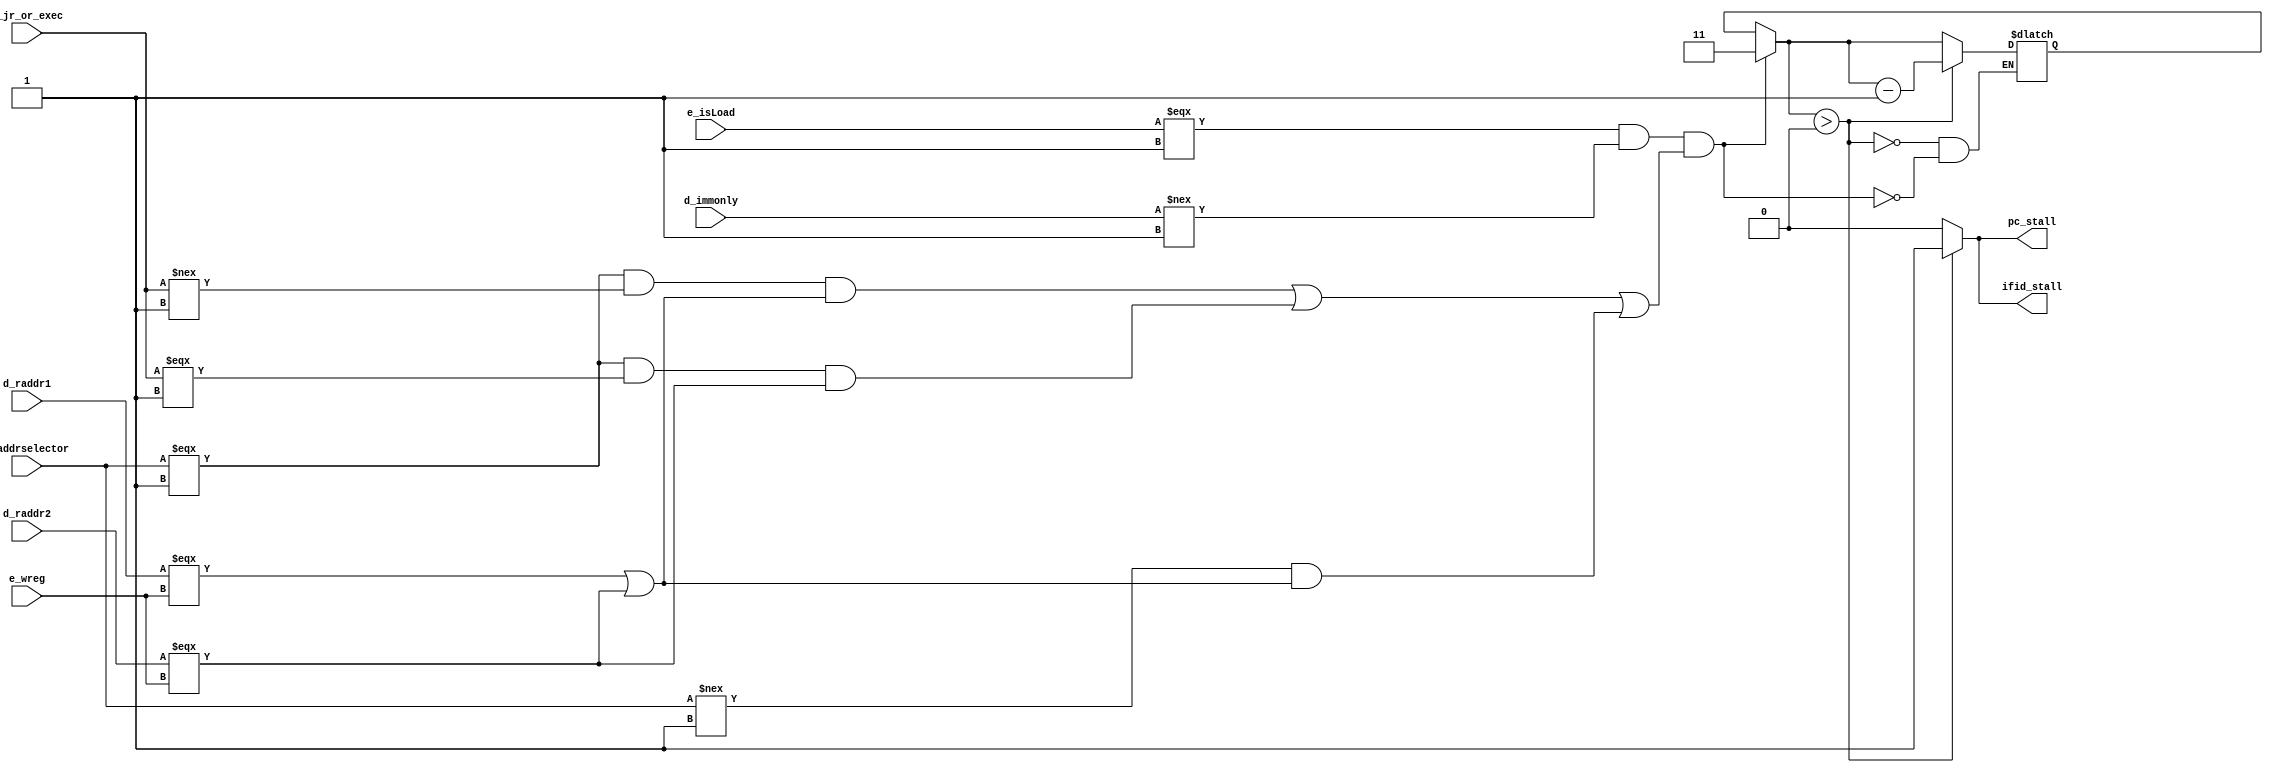
module hdu_2(
  d_raddr1, d_raddr2, d_addrselector, d_jr_or_exec, d_immonly, e_isLoad, e_wreg, 
  pc_stall, ifid_stall
);
input [3:0] d_raddr1;
input [3:0] d_raddr2;
input d_addrselector;
input d_jr_or_exec;
input d_immonly;
input e_isLoad;
input e_wreg;
output pc_stall;
output ifid_stall; 
reg pc_stall_temp;
reg ifid_stall_temp;
reg [1:0] stallCount;
always @ (*)
begin
  stallCount = (e_isLoad===1'b1 && d_immonly!==1'b1 && (
(d_addrselector===1'b1 && d_jr_or_exec!==1'b1 && (d_raddr1===e_wreg || d_raddr2===e_wreg)) ||
(d_addrselector===1'b1 && d_jr_or_exec===1'b1 && (d_raddr2===e_wreg)) || 
(d_addrselector!==1'b1 && (d_raddr1===e_wreg || d_raddr2===e_wreg))
)) ? 2'b111 :  stallCount;
  if(stallCount>3'b00) begin
    pc_stall_temp = 1'b1;
    ifid_stall_temp = 1'b1;
    stallCount = stallCount-1'b1;
  end
  else begin
    pc_stall_temp = 1'b0;
    ifid_stall_temp = 1'b0;
  end  
end
assign pc_stall = pc_stall_temp;
assign ifid_stall = ifid_stall_temp;
endmodule